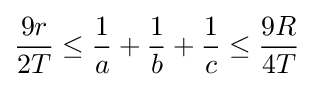
{\frac {9r}{2T}}\leq {\frac {1}{a}}+{\frac {1}{b}}+{\frac {1}{c}}\leq {\frac {9R}{4T}}